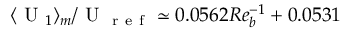
\langle \mathrm { ~ U ~ } _ { 1 } \rangle _ { m } / \mathrm { ~ U ~ } _ { \mathrm { ~ r ~ e ~ f ~ } } \simeq 0 . 0 5 6 2 R e _ { b } ^ { - 1 } + 0 . 0 5 3 1